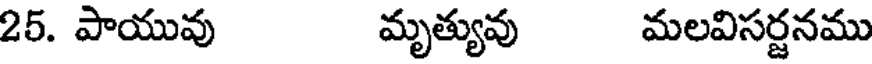
25. పాయువు మృత్యువు మలవిసర్జనము